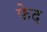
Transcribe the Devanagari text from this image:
फेद